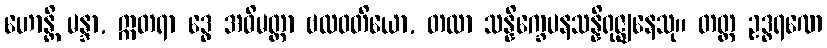
ဟောန္တိ မန္ဒာ, ဣတရာ ဒွေ အဓိမတ္တာ ဗလဝတိယော, တထာ သန္နိက္ခေပနသန္နိရုဇ္ဈနေသု။ တတ္ထ ဥဒ္ဓရဏေ